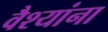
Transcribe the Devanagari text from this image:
वैश्यांना